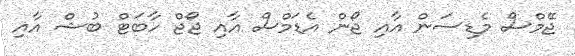
ޖޭމްސް މެޑިސަން އާއި ޖޯން އެޑަމްސް އާއި ޖޯޖް ހާބަޓް ބުޝް އާއި